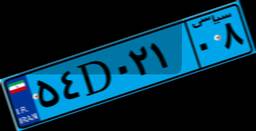
۹۹D۴۴۴۱۸